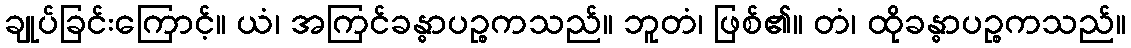
ချုပ်ခြင်းကြောင့်။ ယံ၊ အကြင်ခန္ဓာပဉ္စကသည်။ ဘူတံ၊ ဖြစ်၏။ တံ၊ ထိုခန္ဓာပဉ္စကသည်။